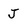
Character: J